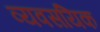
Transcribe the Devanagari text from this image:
व्यवसयिक